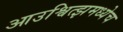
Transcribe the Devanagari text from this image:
आउश्वित्झमध्येच